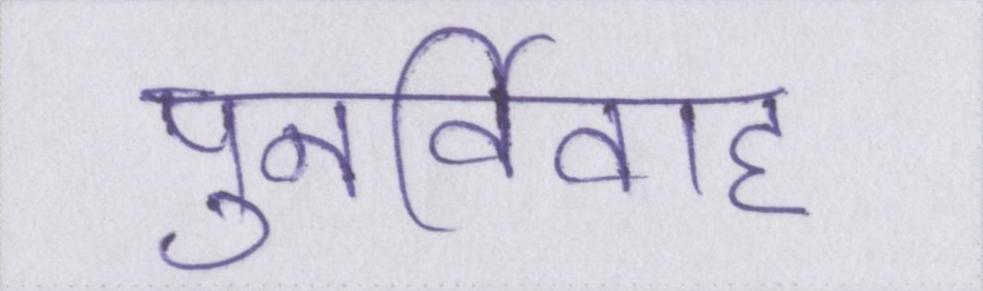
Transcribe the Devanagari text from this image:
पुनर्विवाह